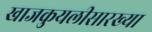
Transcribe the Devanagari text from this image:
खाजकुयलीसारख्या